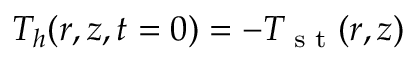
T _ { h } ( r , z , t = 0 ) = - T _ { \textrm { s t } } ( r , z )